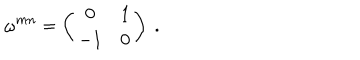
LaTeX: \omega ^ { m n } = \left( \begin{array} { c c } { { 0 } } & { { 1 } } \\ { { - 1 } } & { { 0 } } \\ \end{array} \right) \ .